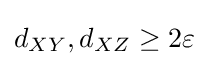
d_{XY},d_{XZ}\geq 2\varepsilon